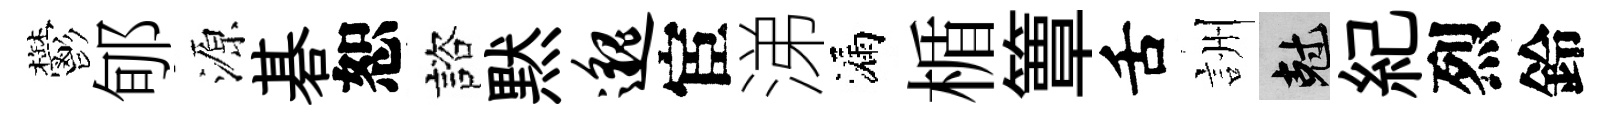
鬱郇源碁恕諮黙邈宦涕漏楯簟舌詶剋紀烈鈴